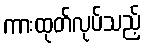
ကားထုတ်လုပ်သည့်